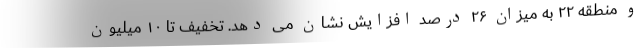
و منطقه ۲۲ به میزان ۲۶ درصد افزایش نشان می دهد. تخفیف تا ۱۰ میلیون